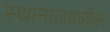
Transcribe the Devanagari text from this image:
स्थानाजवळील